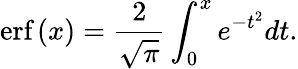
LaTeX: \textup{erf}\left(x\right)=\frac{2}{\sqrt{\pi}}\int_{0}^{x}e^{-t^{2}}dt.